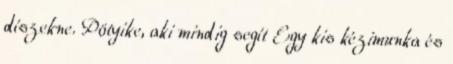
díszekne. Pötyike, aki mindig segít Egy kis kézimunka és